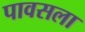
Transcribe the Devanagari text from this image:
पावसला